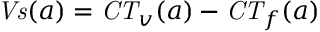
{ \mathit { V s } } ( a ) = { \mathit { C T } } _ { v } ( a ) - { \mathit { C T } } _ { f } ( a )